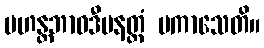
မဟန္တဘာဝဒီပနတ္ထံ ပကာသေတိ။